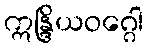
ဣန္ဒြိယဝဂ္ဂေါ